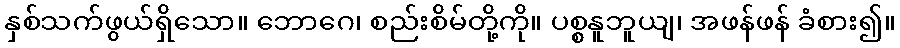
နှစ်သက်ဖွယ်ရှိသော။ ဘောဂေ၊ စည်းစိမ်တို့ကို။ ပစ္စနူဘူယျ၊ အဖန်ဖန် ခံစား၍။